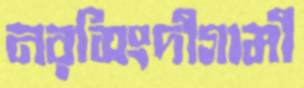
নরসিংদীগামী